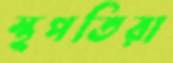
স্থপতিরা